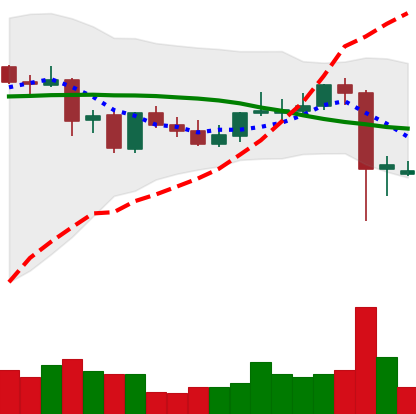
Ticker: DOGE-USD
Chart end date: 2021-09-09
Forward return: -4.706%
Label: down_3_5